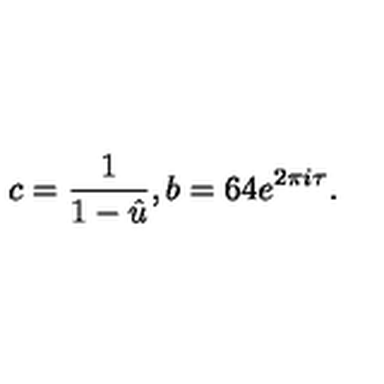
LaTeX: c = \frac { 1 } { 1 - \hat { u } } , b = 6 4 e ^ { 2 \pi i \tau } .